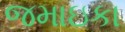
જમાઇકા